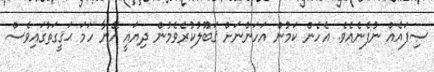
ސިފައެއް ނުފެނެއެވެ. އެހެން ކަމުން އަހަންނަށް ޤަބޫލުކުރެވެމުން ދިޔައީ އޭނާ ހަމަ ޙަޤީގަތުގައިވެސް